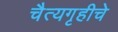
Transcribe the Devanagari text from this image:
चैत्यगृहीचे